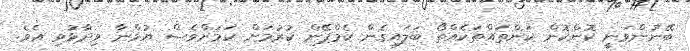
ބޭނުންވަނީ ކޮންކޮން ކަންތައްތަކެއްތޯ ބަލައިގެން ކެމްޕޭން ކުރުމަށް ކަމަށްވެސް ޔުމްނާ ވިދާޅުވި އެވެ.